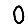
Digit: 0